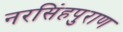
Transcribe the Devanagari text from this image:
नरसिंहपुराण